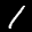
Label: 1